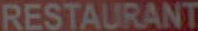
RESTAURANT